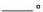
___。